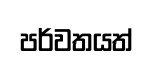
පර්වතයත්